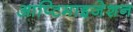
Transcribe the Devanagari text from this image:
आप्टिमाइजेशन